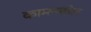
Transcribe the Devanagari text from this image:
कामनबील